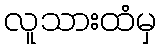
လူသားထံမှ